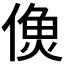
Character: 𩵑